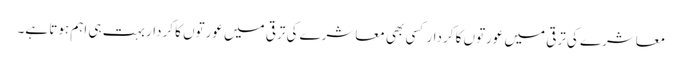
معاشرے کی ترقی میں عورتوں کا کردار کسی بھی معاشرے کی ترقی میں عورتوں کا کردار بہت ہی اہم ہوتا ہے۔